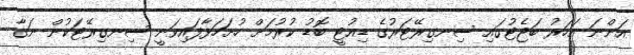
އަންނަ އަހަރު ބަޖެޓުގައި ސިނގިރޭޓަރުގެ ޑިއުޓީ ބޮޑު ކުރުމަށް ހުށަހަޅާފައިވަނީ ސިނގިރޭޓަކުން ނަގާ